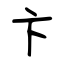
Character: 卞